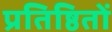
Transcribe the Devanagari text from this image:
प्रतिष्ठितों